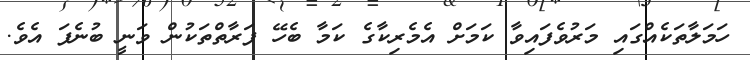
ހަމަލާތަކެއްގައި މަރުވެފައިވާ ކަމަށް އެމެރިކާގެ ކަމާ ބެހޭ ފަރާތްތަކުން ވަނީ ބުނެފަ އެވެ.